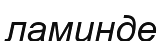
ламинде